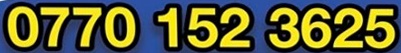
0770 152 3625